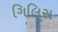
ગિલિસ